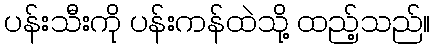
ပန်းသီးကို ပန်းကန်ထဲသို့ ထည့်သည်။